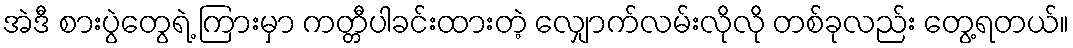
အဲဒီ စားပွဲတွေရဲ့ ကြားမှာ ကတ္တီပါခင်းထားတဲ့ လျှောက်လမ်းလိုလို တစ်ခုလည်း တွေ့ရတယ်။